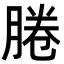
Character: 腃